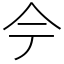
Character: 𫝆